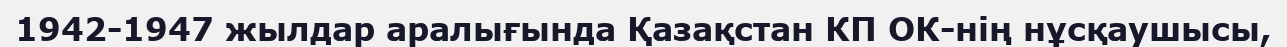
1942-1947 жылдар аралығында Қазақстан КП ОК-нің нұсқаушысы,